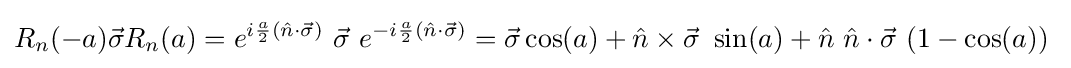
R_{n}(-a){\vec {\sigma }}R_{n}(a)=e^{i{\frac {a}{2}}\left({\hat {n}}\cdot {\vec {\sigma }}\right)}~{\vec {\sigma }}~e^{-i{\frac {a}{2}}\left({\hat {n}}\cdot {\vec {\sigma }}\right)}={\vec {\sigma }}\cos(a)+{\hat {n}}\times {\vec {\sigma }}~\sin(a)+{\hat {n}}~{\hat {n}}\cdot {\vec {\sigma }}~(1-\cos(a))~